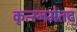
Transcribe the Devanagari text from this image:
कृत्स्नमेतद्